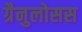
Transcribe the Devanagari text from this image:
ग्रैनुलोसस